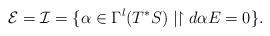
LaTeX: \begin{align*}\mathcal E=\mathcal I=\{\alpha\in \Gamma^l(T^*S)\mid\restriction{d\alpha}{E}=0\}.\end{align*}